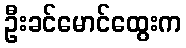
ဦးခင်မောင်ထွေးက